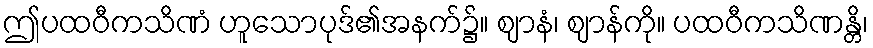
ဤပထဝီကသိဏံ ဟူသောပုဒ်၏အနက်၌။ ဈာနံ၊ ဈာန်ကို။ ပထဝီကသိဏန္တိ၊